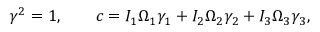
\begin{array} { r } { { \boldsymbol \gamma } ^ { 2 } = 1 , \qquad c = I _ { 1 } \Omega _ { 1 } \gamma _ { 1 } + I _ { 2 } \Omega _ { 2 } \gamma _ { 2 } + I _ { 3 } \Omega _ { 3 } \gamma _ { 3 } , } \end{array}